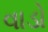
વાડો